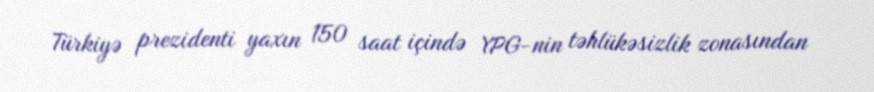
Türkiyə prezidenti yaxın 150 saat içində YPG-nin təhlükəsizlik zonasından